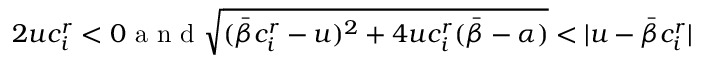
2 u c _ { i } ^ { r } < 0 \mathrm { ~ a ~ n ~ d ~ } \sqrt { ( \bar { \beta } c _ { i } ^ { r } - u ) ^ { 2 } + 4 u c _ { i } ^ { r } ( \bar { \beta } - \alpha ) } < | u - \bar { \beta } c _ { i } ^ { r } |